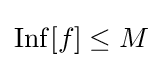
\operatorname {Inf} [f]\leq M